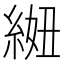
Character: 𫃩